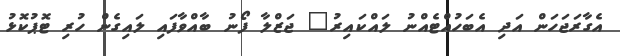
އެގާރަޖަހަން އަދި އެބަހުއްޓެއްނު ލައްކައިރު" ޖަޒްލާ ފޯނު ބާއްވާފައި ލައިގެން ހުރި ޓޮޕުކޮޅު